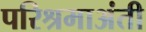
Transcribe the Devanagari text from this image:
परिश्रमाअंती